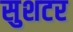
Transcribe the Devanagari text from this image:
सुशटर